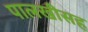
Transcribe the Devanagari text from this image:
पालखीसह